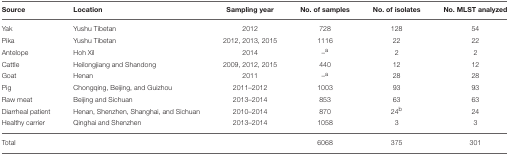
<table><thead><tr><td><b>Source</b></td><td><b>Location</b></td><td><b>Sampling year</b></td><td><b>No. of samples</b></td><td><b>No. of isolates</b></td><td><b>No. MLST analyzed</b></td></tr></thead><tbody><tr><td>Yak</td><td>Yushu Tibetan</td><td>2012</td><td>728</td><td>128</td><td>54</td></tr><tr><td>Pika</td><td>Yushu Tibetan</td><td>2012, 2013, 2015</td><td>1116</td><td>22</td><td>22</td></tr><tr><td>Antelope</td><td>Hoh Xil</td><td>2014</td><td>–<sup>a</sup></td><td>2</td><td>2</td></tr><tr><td>Cattle</td><td>Heilongjiang and Shandong</td><td>2009, 2012, 2015</td><td>440</td><td>12</td><td>12</td></tr><tr><td>Goat</td><td>Henan</td><td>2011</td><td>–<sup>a</sup></td><td>28</td><td>28</td></tr><tr><td>Pig</td><td>Chongqing, Beijing, and Guizhou</td><td>2011–2012</td><td>1003</td><td>93</td><td>93</td></tr><tr><td>Raw meat</td><td>Beijing and Sichuan</td><td>2013–2014</td><td>853</td><td>63</td><td>63</td></tr><tr><td>Diarrheal patient</td><td>Henan, Shenzhen, Shanghai, and Sichuan</td><td>2010–2014</td><td>870</td><td>24<sup>b</sup></td><td>24</td></tr><tr><td>Healthy carrier</td><td>Qinghai and Shenzhen</td><td>2013–2014</td><td>1058</td><td>3</td><td>3</td></tr><tr><td>Total</td><td></td><td></td><td>6068</td><td>375</td><td>301</td></tr></tbody></table>